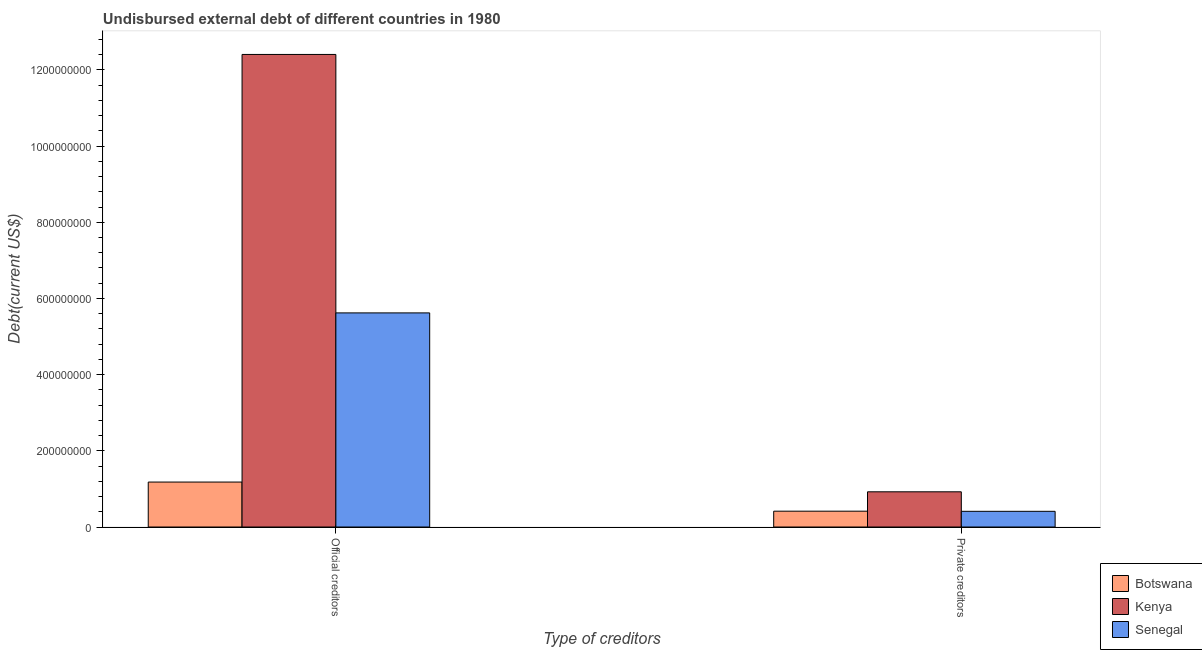
| Type of creditors | Botswana | Kenya | Senegal |
 | --- | --- | --- | --- |
 | Official creditors | 1.18e+08 | 1.24e+09 | 5.62e+08 |
 | Private creditors | 4.16e+07 | 9.24e+07 | 4.12e+07 |